V__Kingissepa_nim__kolhoos, lk 21
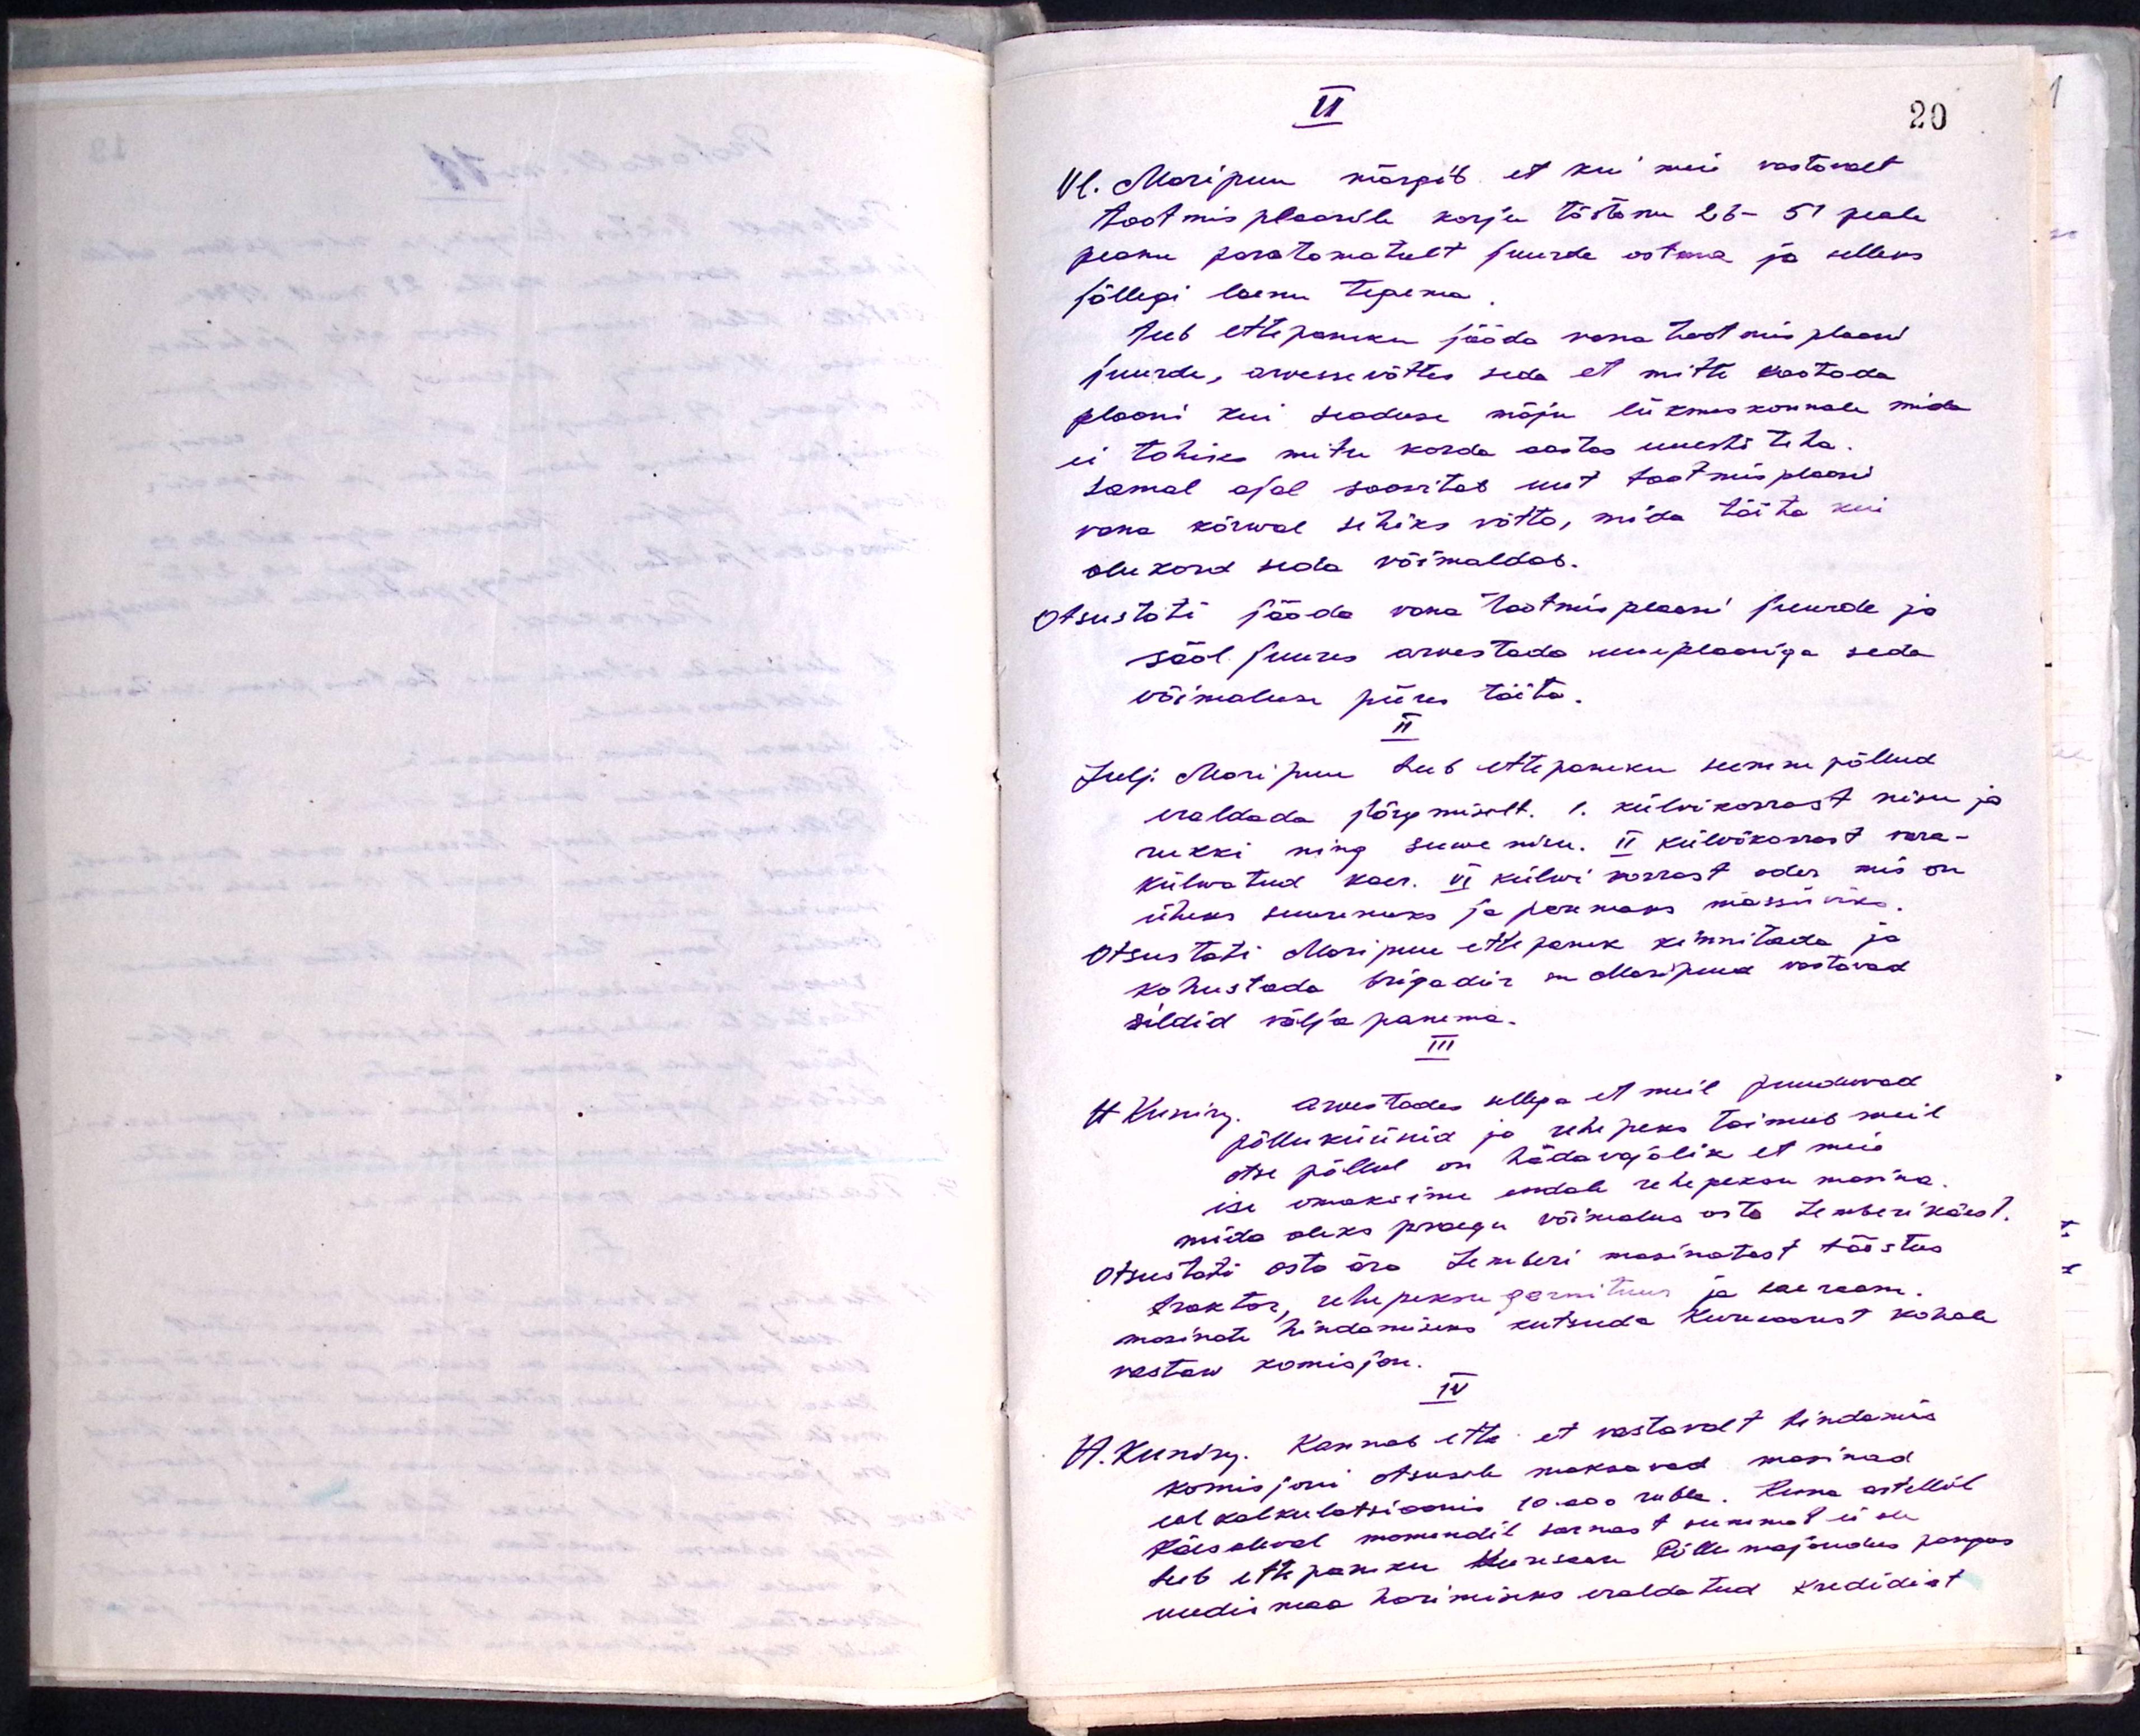
II
Vl. Maripuu märgib et kui meie vastavalt
tootmisplaanile korju tõstame 26-51 peale
peame paratamatult juurde ostma ja selleks
jällegi laenu tegema.
Teeb ettepaneku jääda vana tootmis plaani
juurde, arvessevõttes seda et mitte kaotada
plaani kui seaduse mõju liikmeskonnale mida
ei tohiks mitu korda aastas uuesti teha.
Samal ajal soovitab uut tootmisplaani
vana kõrwal sihiks võtta, mida täita kui
olukord seda võimaldab.
Otsustati jääda vana tootmisplaani juurde ja
sääl juures arvestada kuuplaaniga seda
võimaluse piires täita.
II
Julj. Maripuu teeb ettepaneku seemne põllud
eraldada järgmiselt. 1. külvikorrast nisu ja
rukki ning suwe nisu. II külvikorrast vara-
külwatud kaer. VI külwi korrast oder, mis on
üheks suurekuks ja paremaks massisiks.
Otsustati Maripuu ettepanek kinnitada ja
kohustada brigadiir sm. Maripuud vastavad
sildid väljapanema.
III
H. Kuning, arvestades sellega et meil puuduvad
põlluküünid ja rehepeks toimus meil
otse põllul on hädavajalik et meie
ise omaksime endale rehepeksu masina
mida oleks praegu võimalus osta, Lemberi käest.
Otsustati osta ära Lemberi masinatest tööstus
traktor, rehepeksu garnituur ja kaeraasu.
masinate hindamiseks kutsuda Kuresaarest kohale
vastaw komisjon.
IV
A. Kuning Kannab ette et vastavalt hindamis
komisjoni otsusele maksavad masinad
eel kalkulatsioonis 10.000 rubla. Kuna artellil
Käesoleval momendil sarnast summat ei ole
teeb ettepaneku Kuresaare Põllumajandus pangas
uudismaa harimiseks eraldatud kredidist